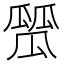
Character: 𤬑